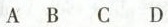
A B C D